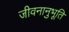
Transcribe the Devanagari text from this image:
जीवनानुभूति